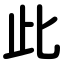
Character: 此